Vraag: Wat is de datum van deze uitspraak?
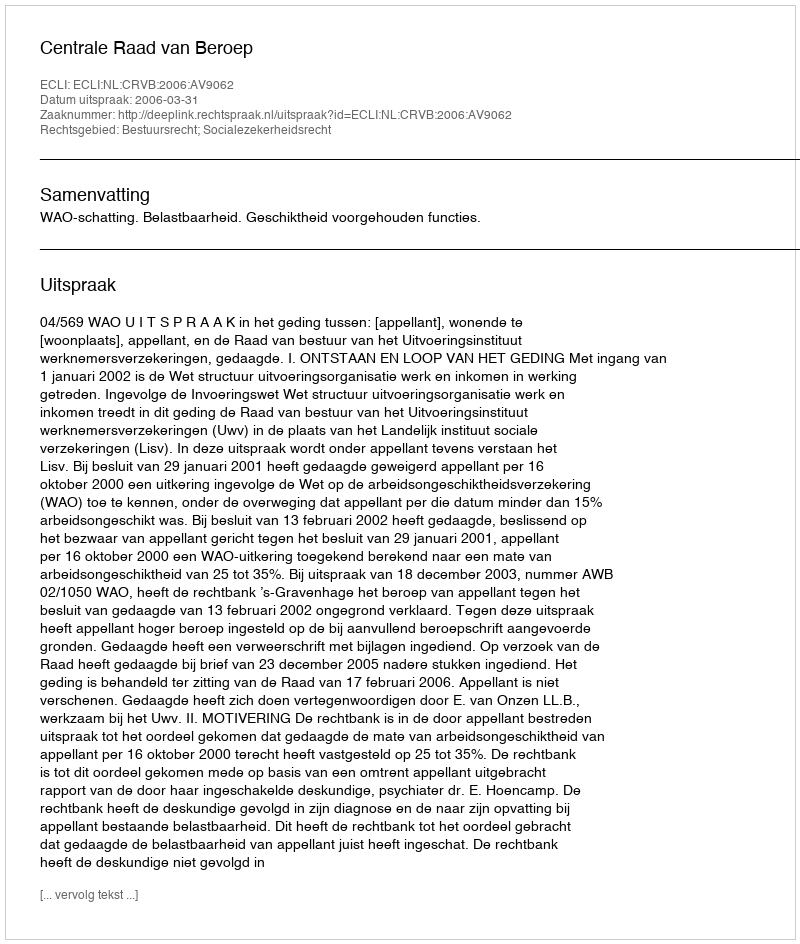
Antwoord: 2006-03-31